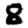
Digit: 8